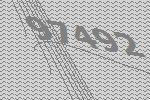
97492